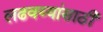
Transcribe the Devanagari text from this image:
लढवय्यांसाठी